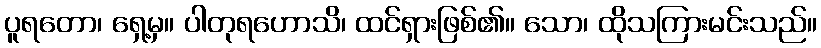
ပူရတော၊ ရှေ့မှ။ ပါတုရဟောသိ၊ ထင်ရှားဖြစ်၏။ သော၊ ထိုသကြားမင်းသည်။